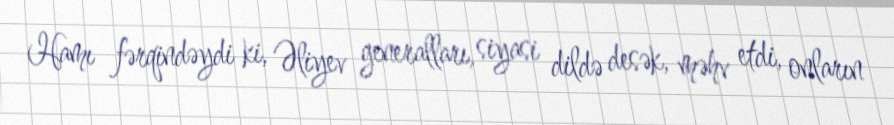
Hamı fərqindəydi ki, Əliyev generalları, siyasi dildə desək, məhv etdi, onların